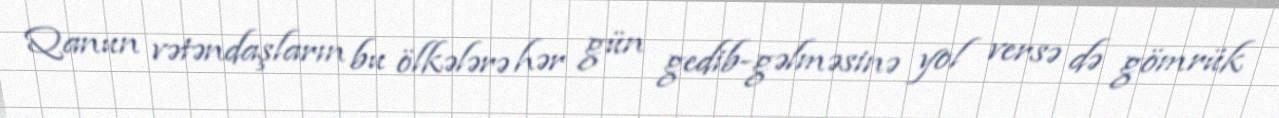
Qanun vətəndaşların bu ölkələrə hər gün gedib-gəlməsinə yol versə də gömrük